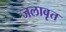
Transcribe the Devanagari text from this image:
जलावृत